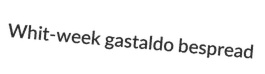
Whit-week gastaldo bespread